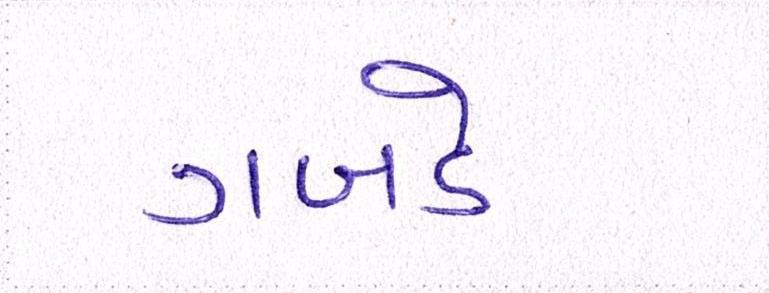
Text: ગબડે